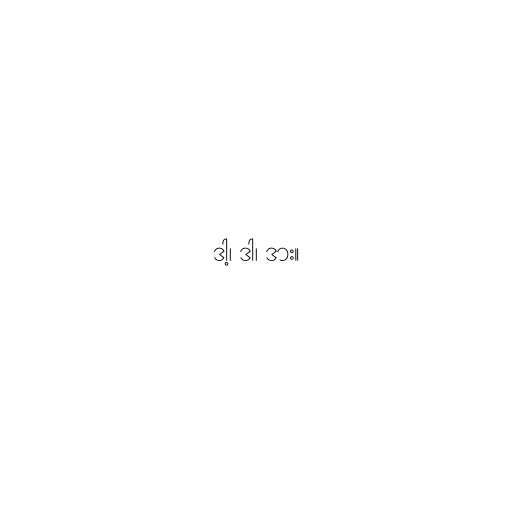
ဒါ့၊ ဒါ၊ ဒား။